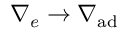
\nabla _ { e } \rightarrow \nabla _ { \mathrm { a d } }